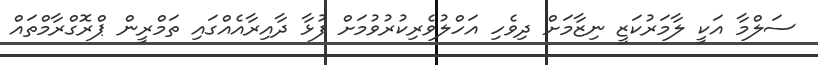
ސަލްމާ އަކީ ލާމަރުކަޒީ ނިޒާމަށް ދިވެހި އަހްލުވެރިކުރުވުމަށް ފުޅާ ދާއިރާއެއްގައި ތަމްރީން ޕްރޮގްރާމްތައް